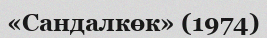
«Сандалкөк» (1974)